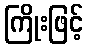
ကြိုးဖြင့်